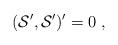
LaTeX: \begin{align*}({\cal S}', {\cal S}')' = 0 \;,\end{align*}